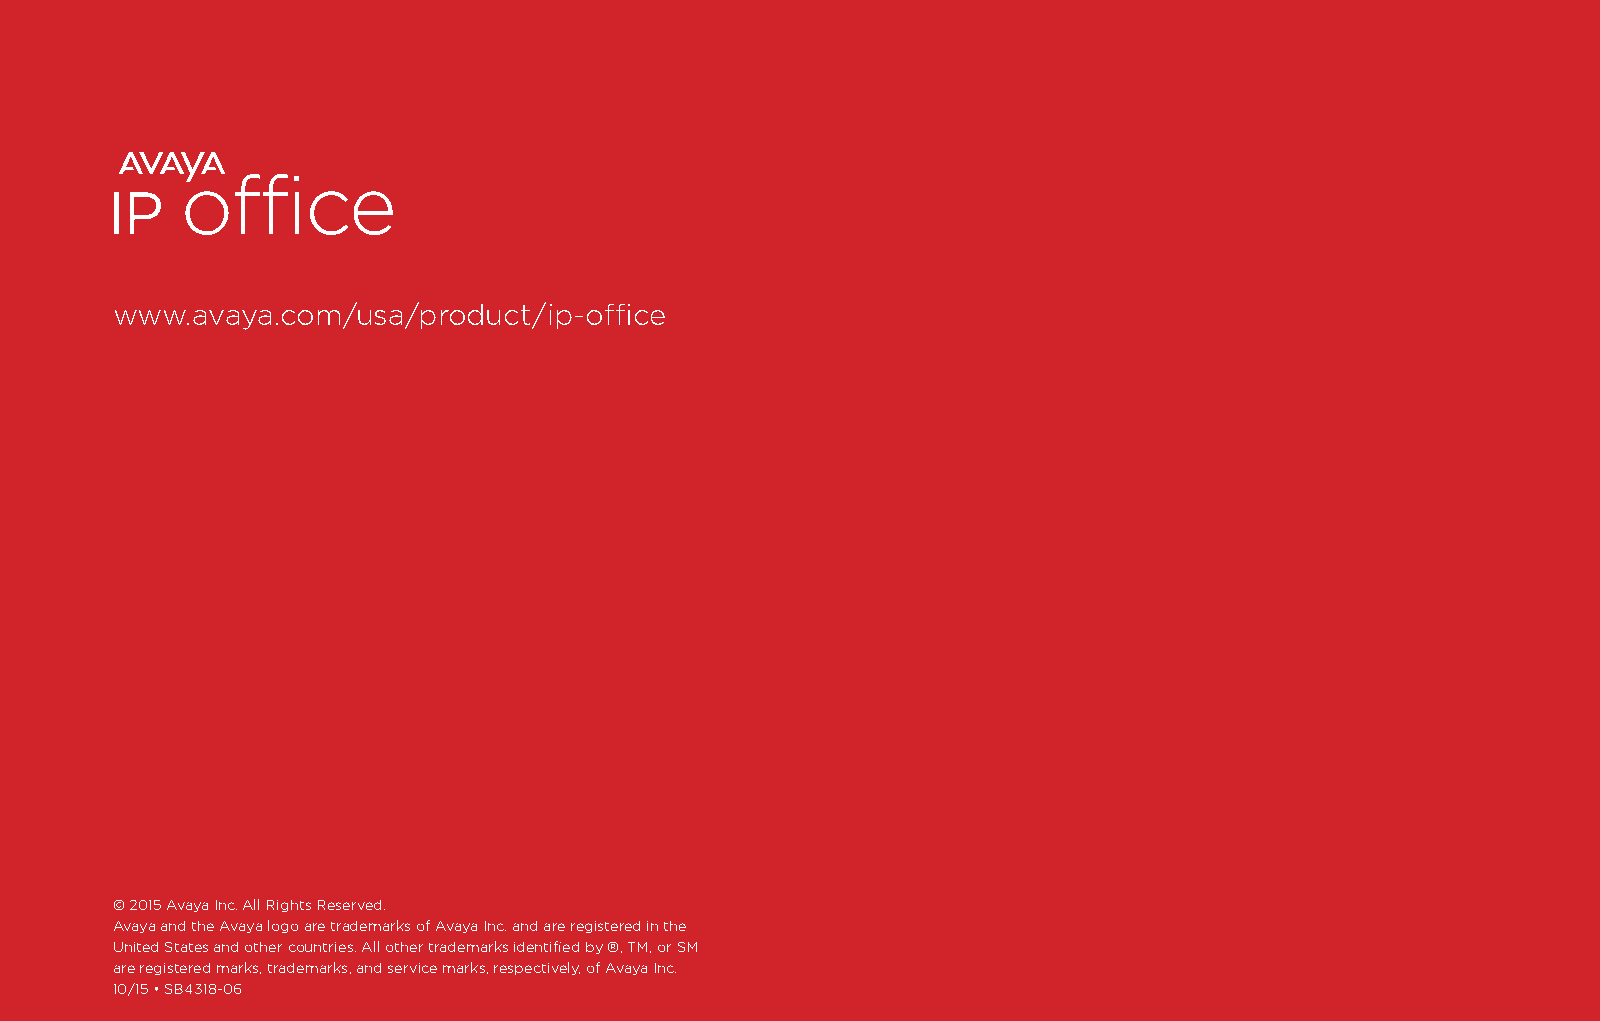
www.avaya.com/usa/product/ip-office
 © 2015 Avaya Inc. All Rights Reserved.
 Avaya and the Avaya logo are trademarks of Avaya Inc. and are registered in the
 United States and other countries. All other trademarks identified by ®, TM, or SM
 are registered marks, trademarks, and service marks, respectively, of Avaya Inc.
 10/15 • SB4318-06